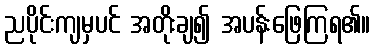
ညပိုင်းကျမှပင် အတိုးချ၍ အပန်းဖြေကြရ၏။